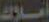
أملاك